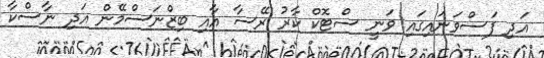
އަދި ފަސްވަނައިގައި ވަނީ ސްޓޮކް ކާރު ރޭސާ އާއި ބިޒްނަސްމޭން އަދި ނާސްކާ